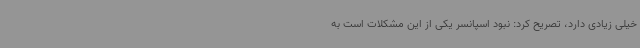
خیلی زیادی دارد، تصریح کرد: نبود اسپانسر یکی از این مشکلات است به